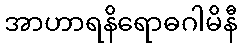
အာဟာရနိရောဓဂါမိနီ